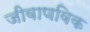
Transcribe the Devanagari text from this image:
जीवाणविक